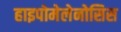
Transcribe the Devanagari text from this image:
हाइपोमेलेनोसिस